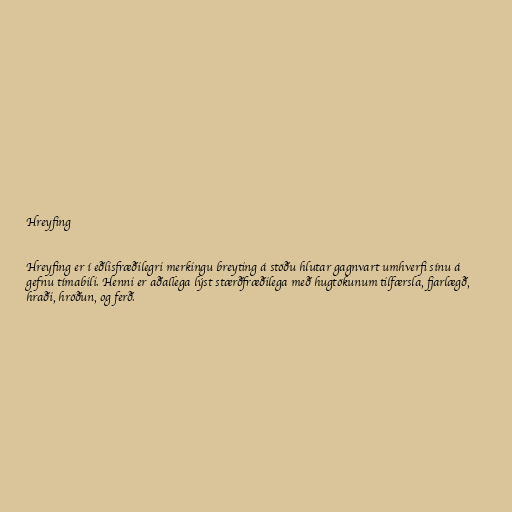
Hreyfing

Hreyfing er í eðlisfræðilegri merkingu breyting á stöðu hlutar gagnvart umhverfi sínu á
gefnu tímabili. Henni er aðallega lýst stærðfræðilega með hugtökunum tilfærsla, fjarlægð,
hraði, hröðun, og ferð.